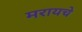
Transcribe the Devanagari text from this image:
मरायचे